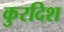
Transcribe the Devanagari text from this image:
कुरदिश